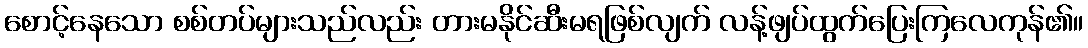
စောင့်နေသော စစ်တပ်များသည်လည်း တားမနိုင်ဆီးမရဖြစ်လျက် လန့်ဖျပ်ထွက်ပြေးကြလေကုန်၏။